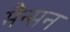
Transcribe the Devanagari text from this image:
मैंन्सन